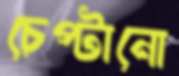
চেপ্‌টানো